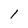
Character: 1